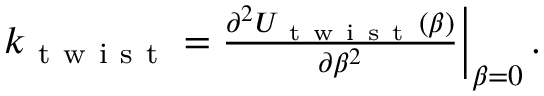
\begin{array} { r } { k _ { \mathrm { ~ t ~ w ~ i ~ s ~ t ~ } } = \frac { \partial ^ { 2 } U _ { \mathrm { ~ t ~ w ~ i ~ s ~ t ~ } } ( \beta ) } { \partial \beta ^ { 2 } } \bigg \rvert _ { \beta = 0 } \, . } \end{array}